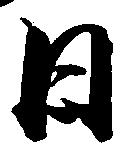
日